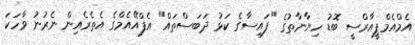
އެމްއެމްޕީއާރްސީ ބޮޑު ހިޔާނާތުގެ "ފައިސާގެ ކަޅު ދަބަސްތައް" އެފްއޭއެމްގެ އެތެރެއިން ނެރުނު ވާހަކަ